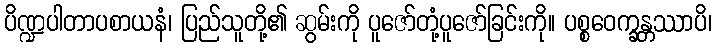
ပိဏ္ဍပါတာပစာယနံ၊ ပြည်သူတို့၏ ဆွမ်းကို ပူဇော်တုံ့ပူဇော်ခြင်းကို။ ပစ္စဝေက္ခန္တဿာပိ၊